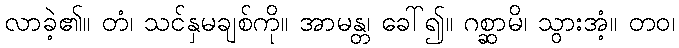
လာခဲ့၏။ တံ၊ သင်နှမချစ်ကို။ အာမန္တ၊ ခေါ်၍။ ဂစ္ဆာမိ၊ သွားအံ့။ တဝ၊